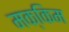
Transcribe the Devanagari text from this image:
मक्किम